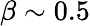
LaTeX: \beta\sim 0.5